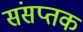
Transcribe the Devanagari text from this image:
संसप्तक